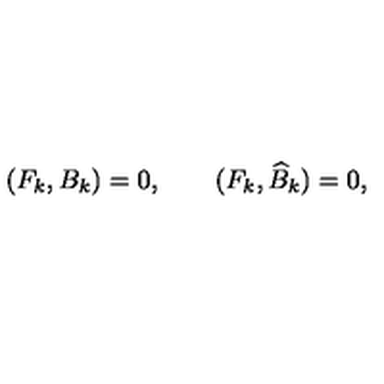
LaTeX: ( F _ { k } , B _ { k } ) = 0 , \qquad ( F _ { k } , \widehat { B } _ { k } ) = 0 ,